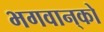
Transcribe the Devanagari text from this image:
भगवान्‌को